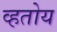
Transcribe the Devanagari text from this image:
व्हतोय